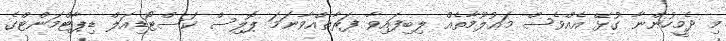
މި ދެމީހުންނާ ގުޅޭ އެއްވެސް މަޢުލޫމާތެއް ލިބިފައިވާ ފަރާތެއްވާނަމަ ޕޮލިސް ކަސްޓޯޑިއަލް ޑިޕާޓްމަންޓްގެ